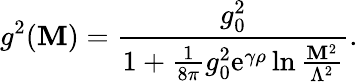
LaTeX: g^{2}(\mathbf{M})={\frac{{g_{0}^{2}}}{{1+{\frac{{1}}{{8\pi}}}g_{0}^{2}\mathrm{{e}}^{\gamma\rho}\ln{\frac{{\mathbf{M}^{2}}}{{\Lambda^{2}}}}}}}.